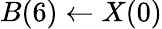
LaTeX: B(6)\leftarrow X(0)